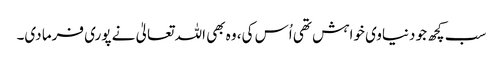
سب کچھ جو دنیاوی خواہش تھی اُس کی، وہ بھی اللہ تعالیٰ نے پوری فرما دی۔